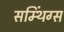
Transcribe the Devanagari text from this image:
सम्थिंग्स